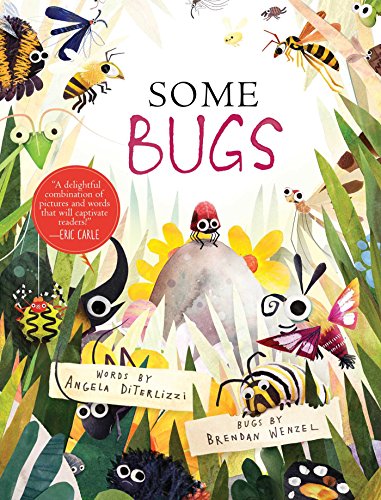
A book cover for Some Bugs; Angela DiTerlizzi; Children's Books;